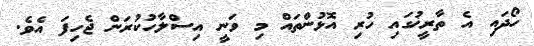
ހޯދައި އެ ތާރީޚުގައި ހުރި އޮޅުންތައް މި ވަނީ އިސްލާހުކުރަން ޖެހިިފަ އެވެ.